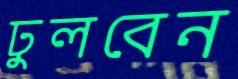
ঢুলবেন